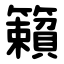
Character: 籟